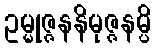
ဥမ္မုဇ္ဇနနိမုဇ္ဇနမ္ပိ